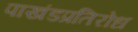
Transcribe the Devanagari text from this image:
पाखंडप्रतिरोध